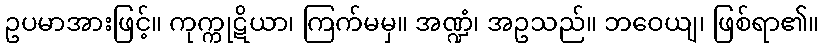
ဥပမာအားဖြင့်။ ကုက္ကုဋိယာ၊ ကြက်မမှ။ အဏ္ဍံ၊ အဥသည်။ ဘဝေယျ၊ ဖြစ်ရာ၏။